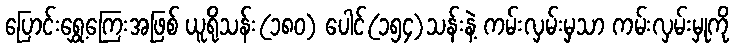
ပြောင်းရွှေ့ကြေးအဖြစ် ယူရိုသန်း(၁၈၀) ပေါင်(၁၅၄)သန်းနဲ့ ကမ်းလှမ်းမှသာ ကမ်းလှမ်းမှုကို